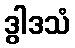
ဒွါဒသံ